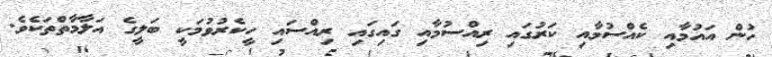
ހުން އައުމާއި ކެއްސުމާއި ކަރުގައި ރިއްސުމާއި ގައިގައި ރިއްސައި ހީކެރުވުމަކީ ބަލީގެ އަލާމާތްތަކެވެ.